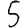
Digit: 5